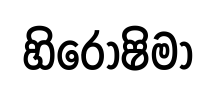
හිරොෂිමා